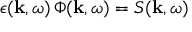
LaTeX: \epsilon ( \mathbf { k } , \omega ) \, \Phi ( \mathbf { k } , \omega ) = S ( \mathbf { k } , \omega )